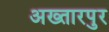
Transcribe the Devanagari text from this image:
अख्तारपुर